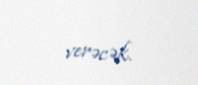
verəcək.